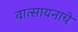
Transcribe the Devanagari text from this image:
वात्सायनाचे